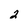
Character: 2